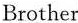
Brother